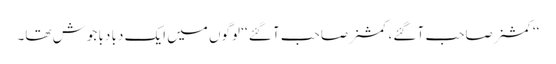
‘‘کمشنر صاحب آ گئے، کمشنر صاحب آ گئے ‘‘ لوگوں میں ایک دبا دبا جوش تھا۔